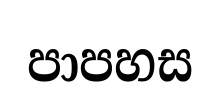
පාපහස